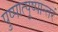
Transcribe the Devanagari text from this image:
पुष्पात्पुष्पान्तरं